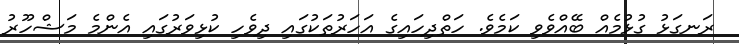
ރަނގަޅު ގުޅުމެއް ބޭއްވެވި ކަމެވެ. ހަތްދިހައިގެ އަހަރުތަކުގައި ދިވެހި ކުޅިވަރުގައި އެންމެ މަޝްހޫރު